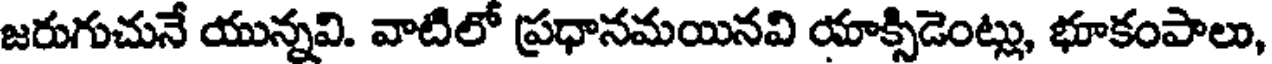
జరుగుచునే యున్నవి. వాటిలో ప్రధానమయినవి యాక్సిడెంట్లు, భూకంపాలు,